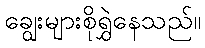
ချွေးများစိုရွှဲနေသည်။